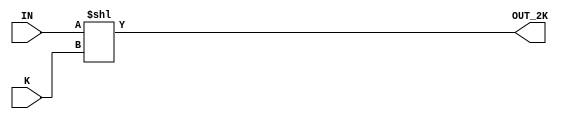
// This program was cloned from: https://github.com/iCAS-Lab/APTPU
// License: MIT License

// MIT License
// 
// Copyright (c) 2021-2024 iCAS Lab
// 
// Permission is hereby granted, free of charge, to any person obtaining a copy
// of this software and associated documentation files (the "Software"), to deal
// in the Software without restriction, including without limitation the rights
// to use, copy, modify, merge, publish, distribute, sublicense, and/or sell
// copies of the Software, and to permit persons to whom the Software is
// furnished to do so, subject to the following conditions:
// 
// The above copyright notice and this permission notice shall be included in all
// copies or substantial portions of the Software.
// 
// THE SOFTWARE IS PROVIDED "AS IS", WITHOUT WARRANTY OF ANY KIND, EXPRESS OR
// IMPLIED, INCLUDING BUT NOT LIMITED TO THE WARRANTIES OF MERCHANTABILITY,
// FITNESS FOR A PARTICULAR PURPOSE AND NONINFRINGEMENT. IN NO EVENT SHALL THE
// AUTHORS OR COPYRIGHT HOLDERS BE LIABLE FOR ANY CLAIM, DAMAGES OR OTHER
// LIABILITY, WHETHER IN AN ACTION OF CONTRACT, TORT OR OTHERWISE, ARISING FROM,
// OUT OF OR IN CONNECTION WITH THE SOFTWARE OR THE USE OR OTHER DEALINGS IN THE
// SOFTWARE.

// Company: iCAS Lab, University of South Carolina
// Design Name: 
// Module Name: power_k_mux
// Project Name: 
// Target Devices: 
// Tool Versions: 
// Description: 
// 
// Dependencies: 
// 
// Revision:
// Revision 0.01 - File Created
// Additional Comments:
// 
//////////////////////////////////////////////////////////////////////////////////


`timescale 1ns / 1ps

module power_k_mux #(parameter WIDTH = 16, ROUN_WIDTH = 0, LOG2_WIDTH = 4) //WIDTH --> input data width
(	
input			[WIDTH+ROUN_WIDTH-1:0]	IN, //+ROUN_WIDTH because it may get 16 or 17 input bits depending on the instancation
input			[LOG2_WIDTH-1:0]		K, //index of first one
output		    [2*WIDTH-1:0]			OUT_2K // out data 
);



assign OUT_2K = IN << K;

/*

/// this mux mutliply the input by pow(2,k)
always@(*)
begin:	always_begin

if(WIDTH == 'd16)
begin:	if_16

case(K)
	'd0:	OUT_2K = IN ;
	'd1:	OUT_2K = IN << 1 ;
	'd2:	OUT_2K = IN << 2 ;
	'd3:	OUT_2K = IN << 3 ;
	'd4:	OUT_2K = IN << 4 ;
	'd5:	OUT_2K = IN << 5 ;
	'd6:	OUT_2K = IN << 6 ;
	'd7:	OUT_2K = IN << 7 ;
	'd8:	OUT_2K = IN << 8 ;
	'd9:	OUT_2K = IN << 9 ;
	'd10:	OUT_2K = IN << 10 ;
	'd11:	OUT_2K = IN << 11 ;
	'd12:	OUT_2K = IN << 12 ;
	'd13:	OUT_2K = IN << 13 ;
	'd14:	OUT_2K = IN << 14 ;
	'd15:	OUT_2K = IN << 15 ;
endcase

end:	if_16

else if(WIDTH == 'd8)
begin:	if_8

case(K)
	'd0:	OUT_2K = IN ;
	'd1:	OUT_2K = IN << 1 ;
	'd2:	OUT_2K = IN << 2 ;
	'd3:	OUT_2K = IN << 3 ;
	'd4:	OUT_2K = IN << 4 ;
	'd5:	OUT_2K = IN << 5 ;
	'd6:	OUT_2K = IN << 6 ;
	'd7:	OUT_2K = IN << 7 ;
endcase

end: if_8

else if(WIDTH == 'd4)
begin:	if_4

case(K)
	'd0:	OUT_2K = IN ;
	'd1:	OUT_2K = IN << 1 ;
	'd2:	OUT_2K = IN << 2 ;
	'd3:	OUT_2K = IN << 3 ;
endcase

end: if_4

end:	always_begin

*/ 

endmodule